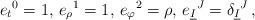
LaTeX: \begin{align*}e_{t}{}^{0}=1,\, e_{\rho}{}^{1}=1,\, e_{\varphi}{}^{2}=\rho,\,e_{\underline{I}}{}^{J}=\delta_{\underline{I}}{}^{J}\, ,\end{align*}